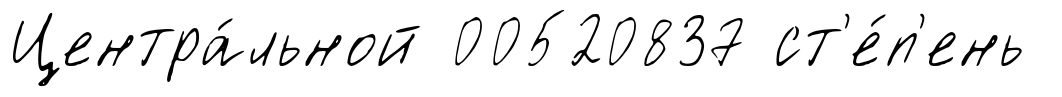
Центра́льной 00520837 ст'е́п'ень